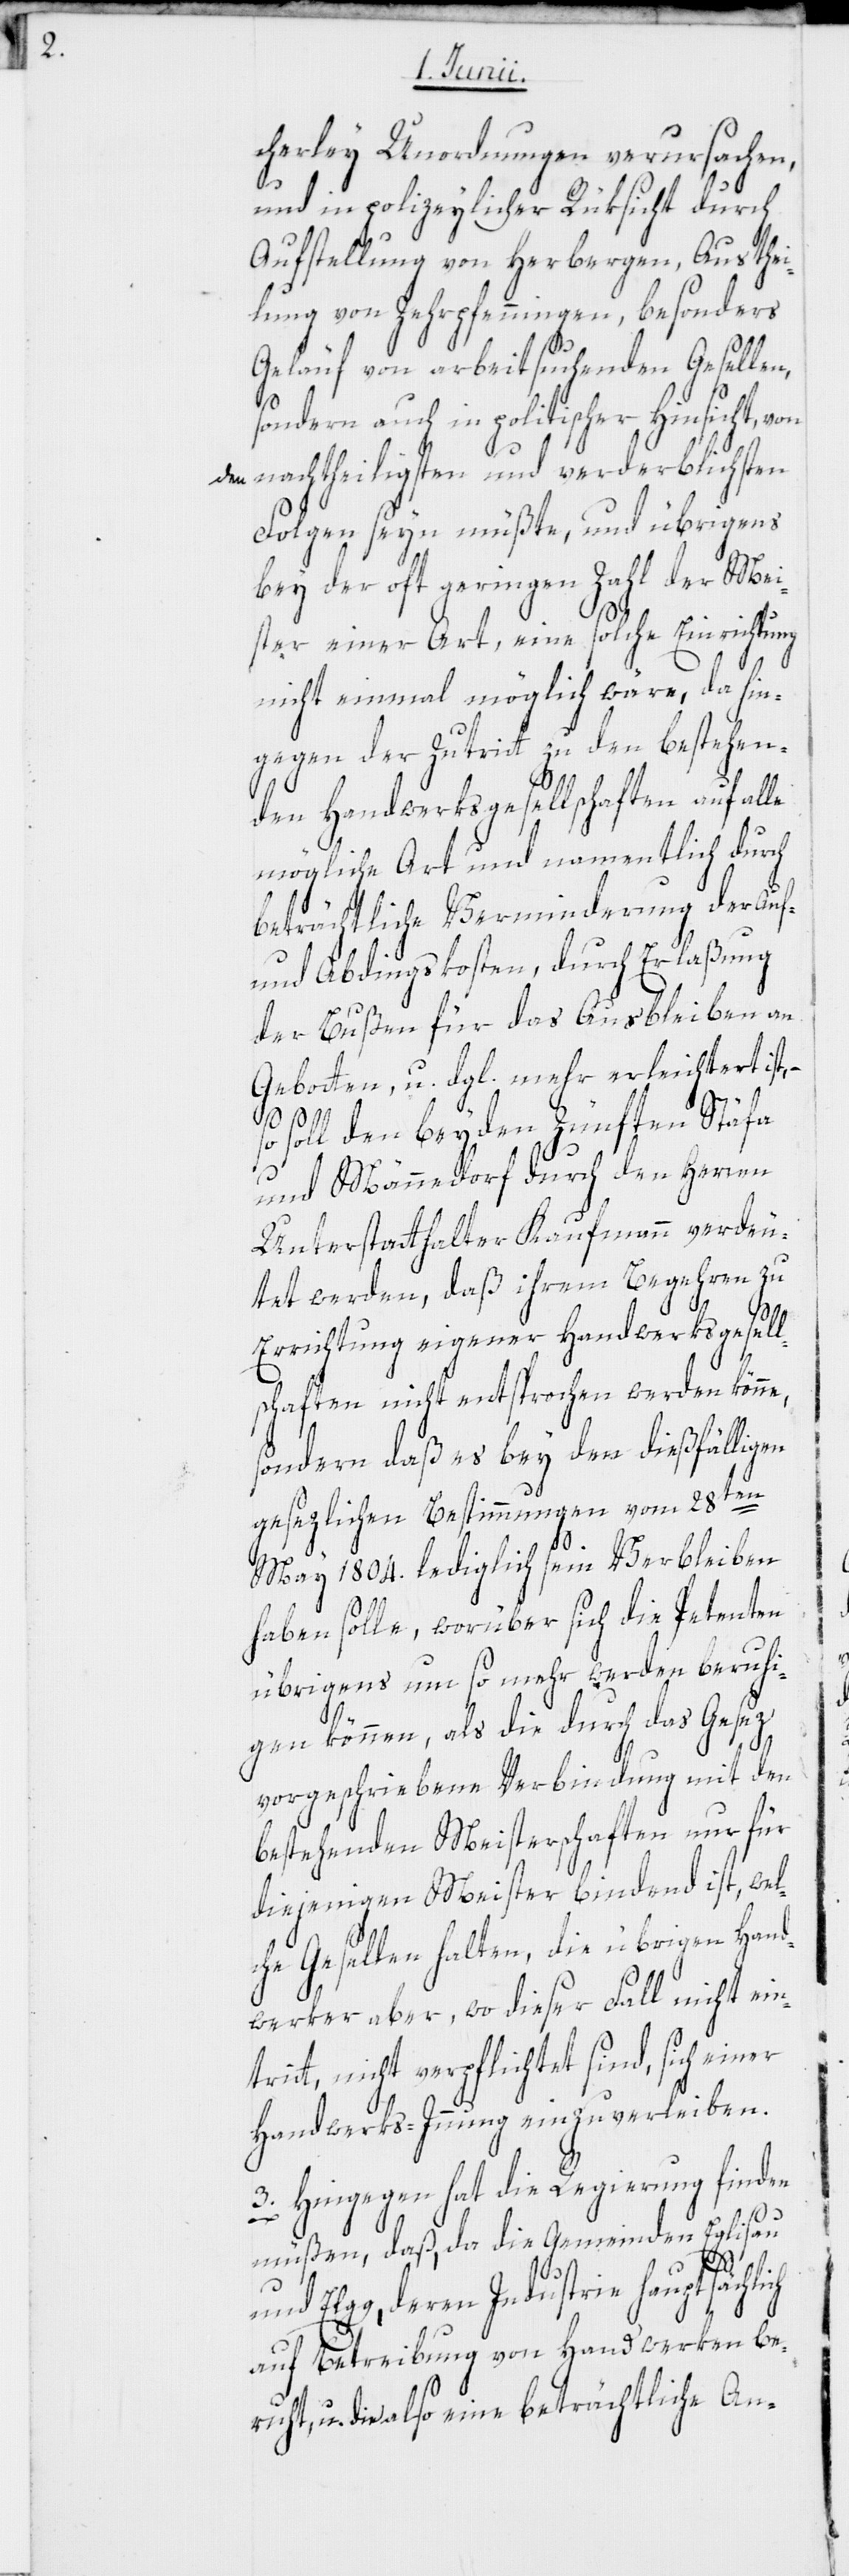
cherley Unordnungen verursachen,
und in polizeylicher Rüksicht durch
Aufstellung von Herbergen, Austhei¬
lung von Zehrpfenningen, besonders
Geläuf von arbeitsuchenden Gesellen,
sondern auch in politischer Hinsicht, von
den nachtheiligsten und verderblichsten
Folgen seyn müßte, und übrigens
bey der oft geringen Zahl der Mei¬
ster einer Art, eine solche Einrichtung
nicht einmal möglich wäre, da hin¬
gegen der Zutritt zu den bestehen¬
den Handwerksgesellschaften auf alle
mögliche Art und namentlich durch
beträchtliche Verminderung der Auf-
und Abdingskosten, durch Erlaßung
der Bußen für das Ausbleiben an
Gebotten, u. dgl. mehr erleichtert ist,
so soll den beyden Zünften Stäfa
und Männedorf durch den Herren
Unterstatthalter Kaufmann verdeu¬
tet werden, daß ihrem Begehren zu
Errichtung eigener Handwerksgesell¬
schaften nicht entsprochen werden könne,
sondern daß es bey den dießfälligen
gesezlichen Bestimmungen vom 28ten
May 1804. lediglich sein Verbleiben
haben solle, worüber sich die Petenten
übrigens um so mehr werden beruhi¬
gen können, als die durch das Gesez
vorgeschriebene Verbindung mit den
bestehenden Meisterschaften nur für
diejenigen Meister bindend ist, wel¬
che Gesellen halten, die übrigen Hand¬
werker aber, wo dieser Fall nicht ein¬
tritt, nicht verpflichtet sind, sich einer
Handwerks-Innung einzuverleiben.
3. Hingegen hat die Regierung finden
müßen, daß, da die Gemeinden Eglisau
und Elgg, deren Industrie hauptsächlich
auf Betreibung von Handwerken be¬
ruht, u. die also eine beträchtliche An-